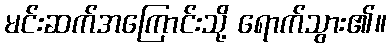
မင်းဆက်အကြောင်းသို့ ရောက်သွား၏။